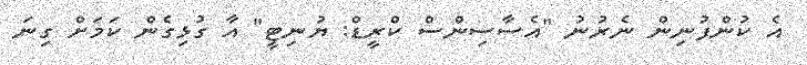
އެ ކުންފުނިން ނެރުނު "އެސާސިންސް ކްރީޑް: ޔުނިޓީ" އާ ގުޅިގެން ކަމަށް ގިނަ